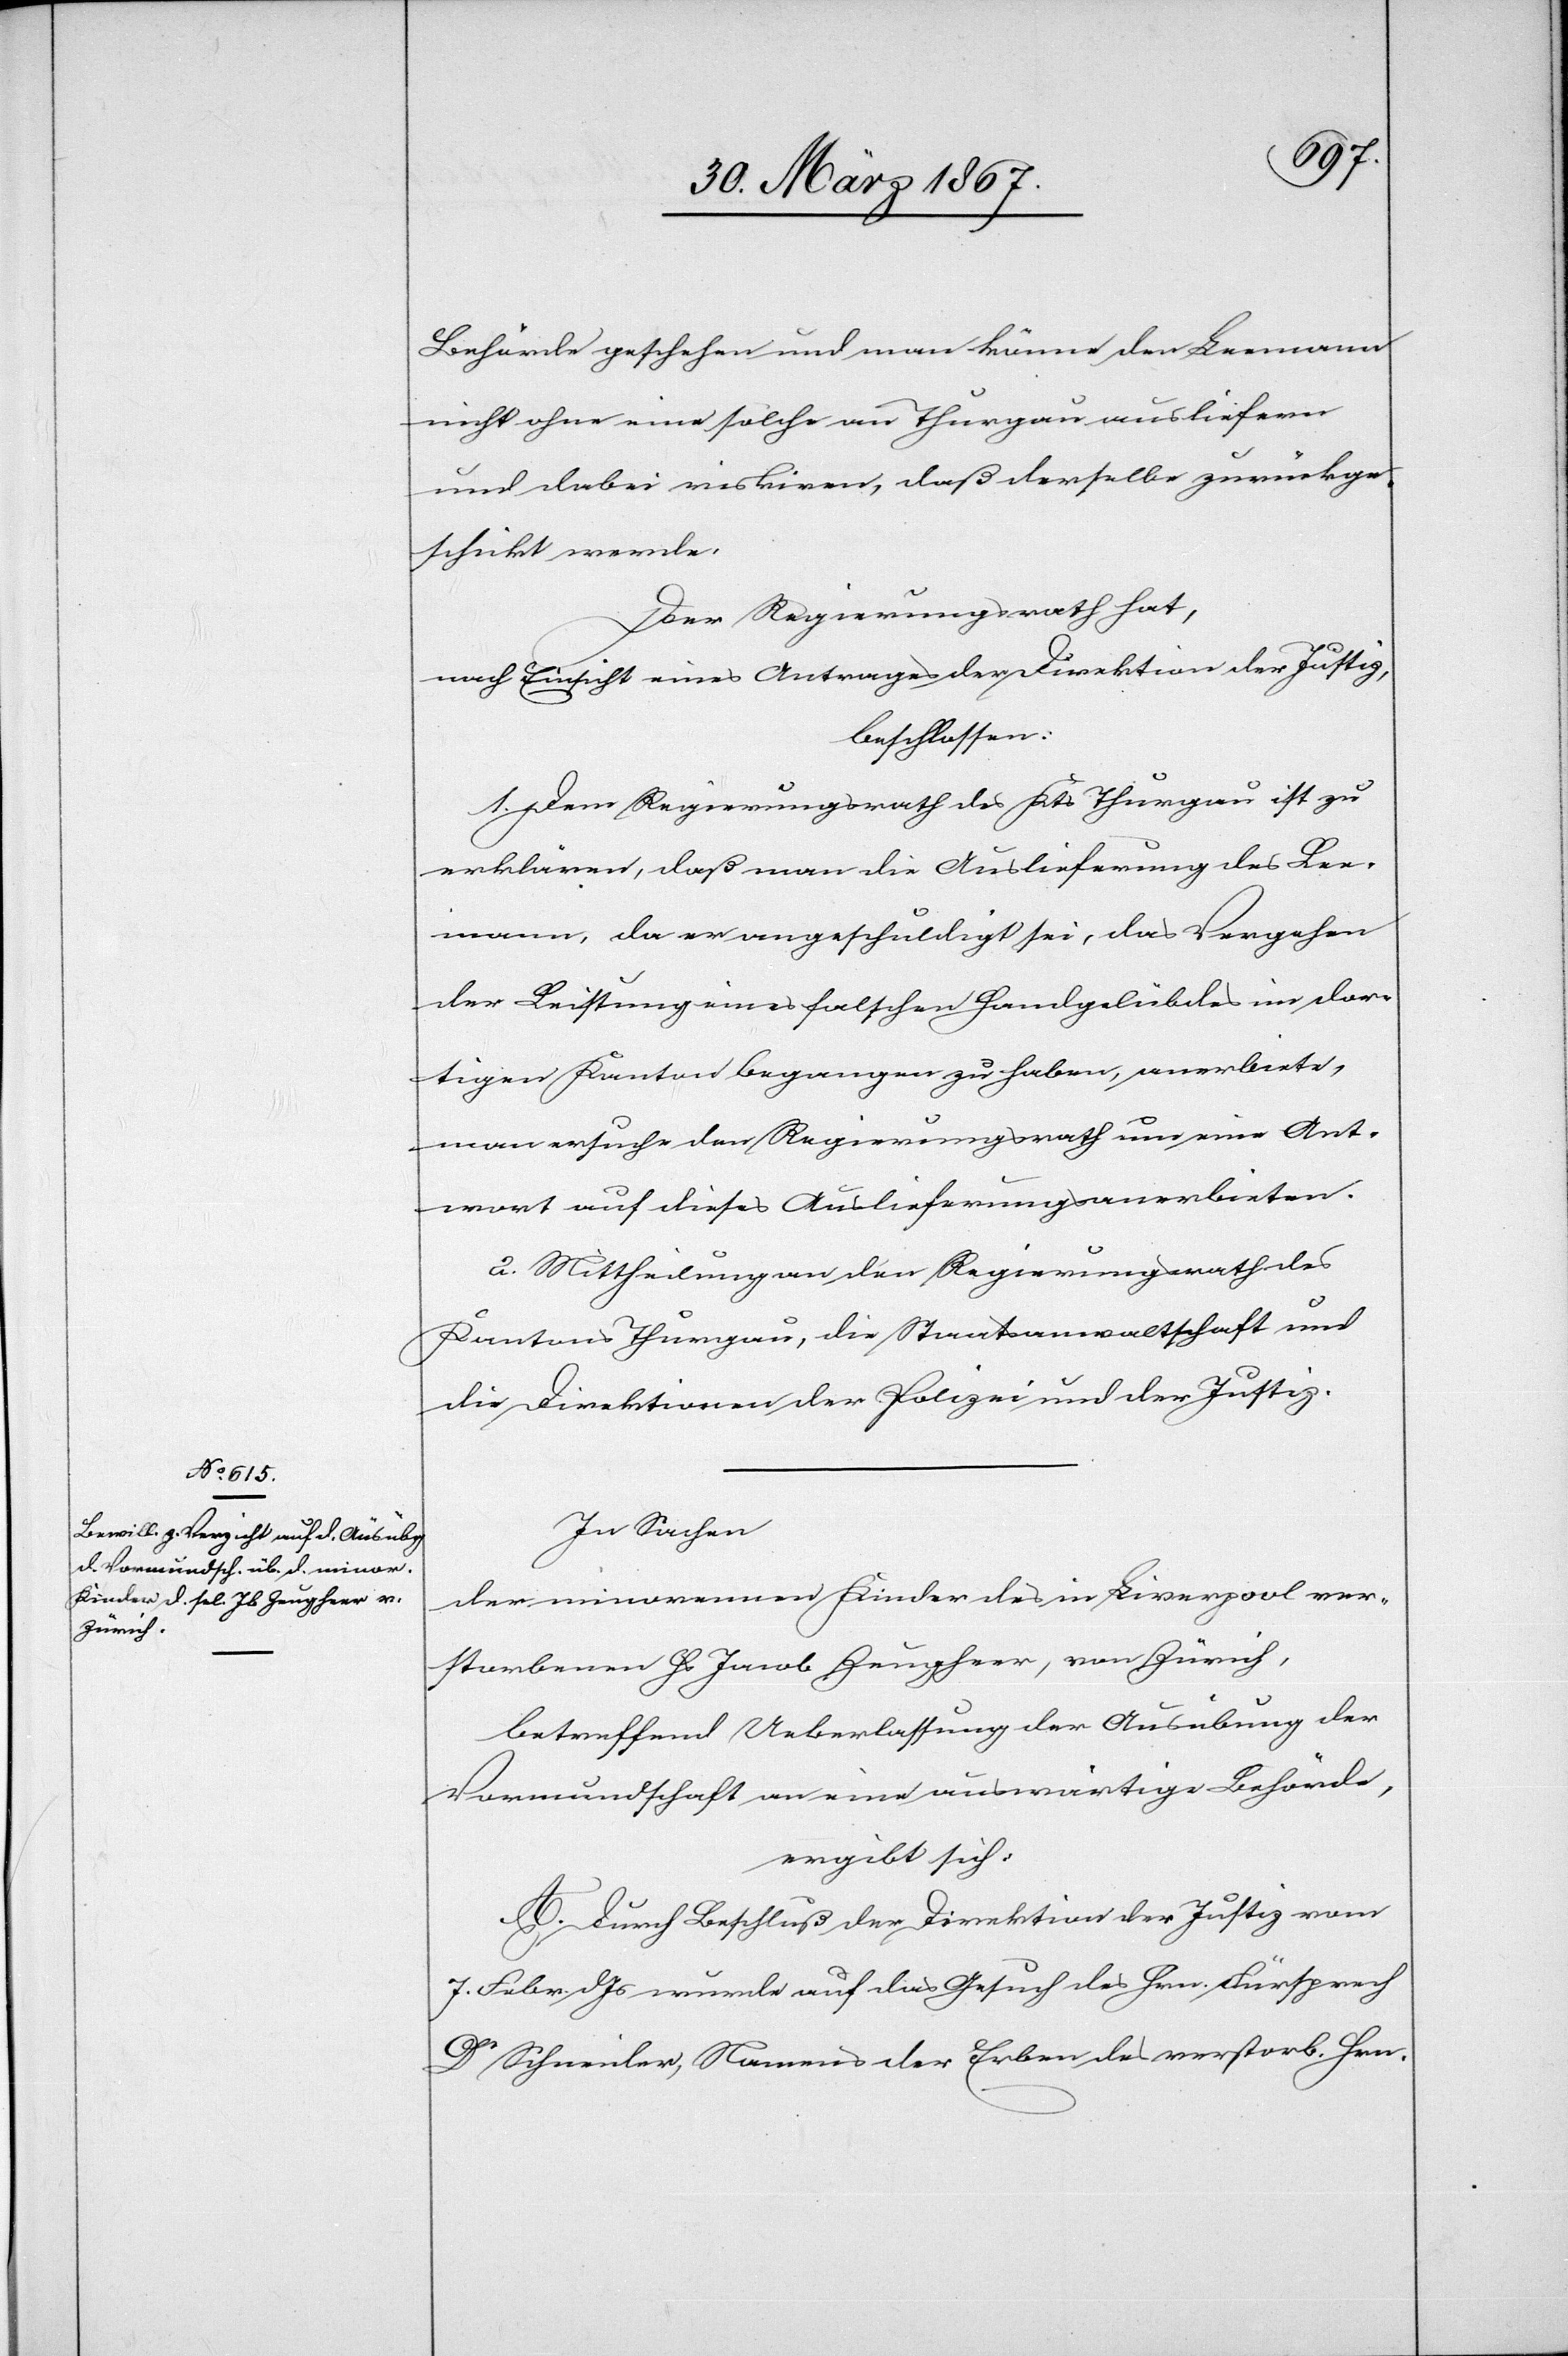
Behörde geschehen und man könne den Leemann
nicht ohne eine solche an Thurgau ausliefern
und dabei riskiren, daß derselbe zurückge¬
schickt werde.
Der Regierungsrath hat,
nach Einsicht eines Antrages der Direktion der Justiz,
beschlossen:
1. Dem Regierungsrath des Kts Thurgau ist zu
erklären, daß man die Auslieferung des Lee¬
mann, da er angeschuldigt sei, das Vergehen
der Leistung eines falschen Handgelübdes im dor¬
tigen Kanton begangen zu haben, anerbiete,
man ersuche den Regierungsrath um eine Ant¬
wort auf dieses Auslieferungsanerbieten.
2. Mittheilung an den Regierungsrath des
Kantons Thurgau, die Staatsanwaltschaft und
die Direktionen der Polizei und der Justiz.
In Sachen
der minorennen Kinder des in Liverpool ver¬
storbenen Hs Jacob Zeugheer, von Zürich,
betreffend Ueberlassung der Ausübung der
Vormundschaft an eine auswärtige Behörde,
ergibt sich:
A. Durch Beschluß der Direktion der Justiz vom
7. Febr. d. Js wurde auf das Gesuch des Hrn. Fürsprech
Dr Schneider, Namens der Erben des verstorb. Hrn.